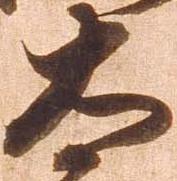
太